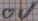
Text: 0V